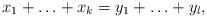
LaTeX: \begin{align*}x_1+\ldots+x_k=y_1+\ldots+y_l,\end{align*}